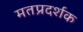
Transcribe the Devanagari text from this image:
मतप्रदर्शक